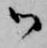
御